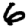
Digit: 6